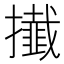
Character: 㩥